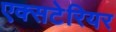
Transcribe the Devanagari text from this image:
एक्सटेरियर